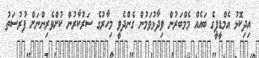
އިދިކޮޅު އެމްޑީޕީގެ ބައެއް މެމްބަރުން ވިދާޅުވަމުން ގެންދެވީ މިހާރުގެ ސަރުކާރުން ކުށްވެރިންނަށް ފުރުސަތު